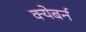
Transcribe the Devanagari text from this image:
क्येबर्न